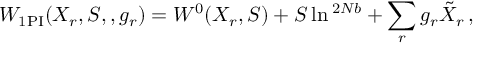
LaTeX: W _ { \mathrm { 1 P I } } ( X _ { r } , S , \L , g _ { r } ) = W ^ { 0 } ( X _ { r } , S ) + S \ln \L ^ { 2 N b } + \sum _ { r } g _ { r } \tilde { X } _ { r } \, ,